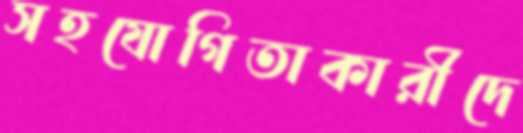
সহযোগিতাকারীদে